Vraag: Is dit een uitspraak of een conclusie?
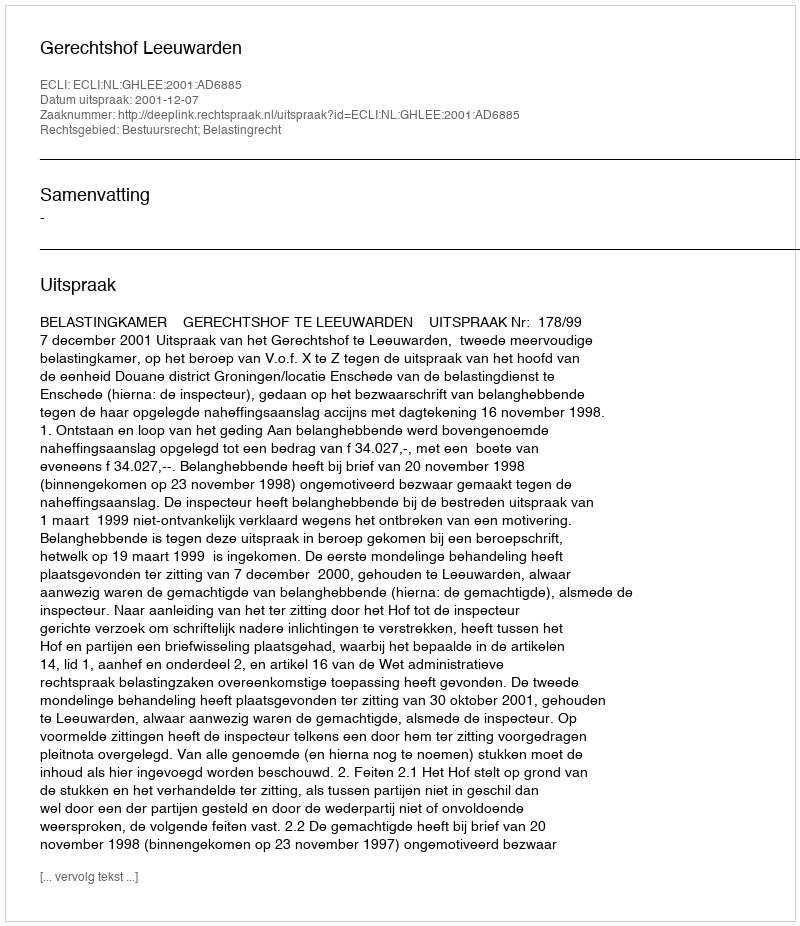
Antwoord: Uitspraak